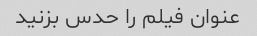
عنوان فیلم را حدس بزنید